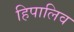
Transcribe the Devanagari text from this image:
हिपालिव